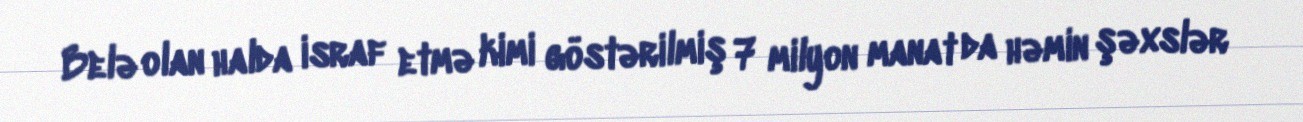
Belə olan halda israf etmə kimi göstərilmiş 7 milyon manat da həmin şəxslər